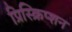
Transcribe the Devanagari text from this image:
प्रिस्क्रिप्शन